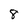
Character: 8